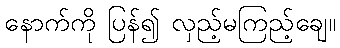
နောက်ကို ပြန်၍ လှည့်မကြည့်ချေ။